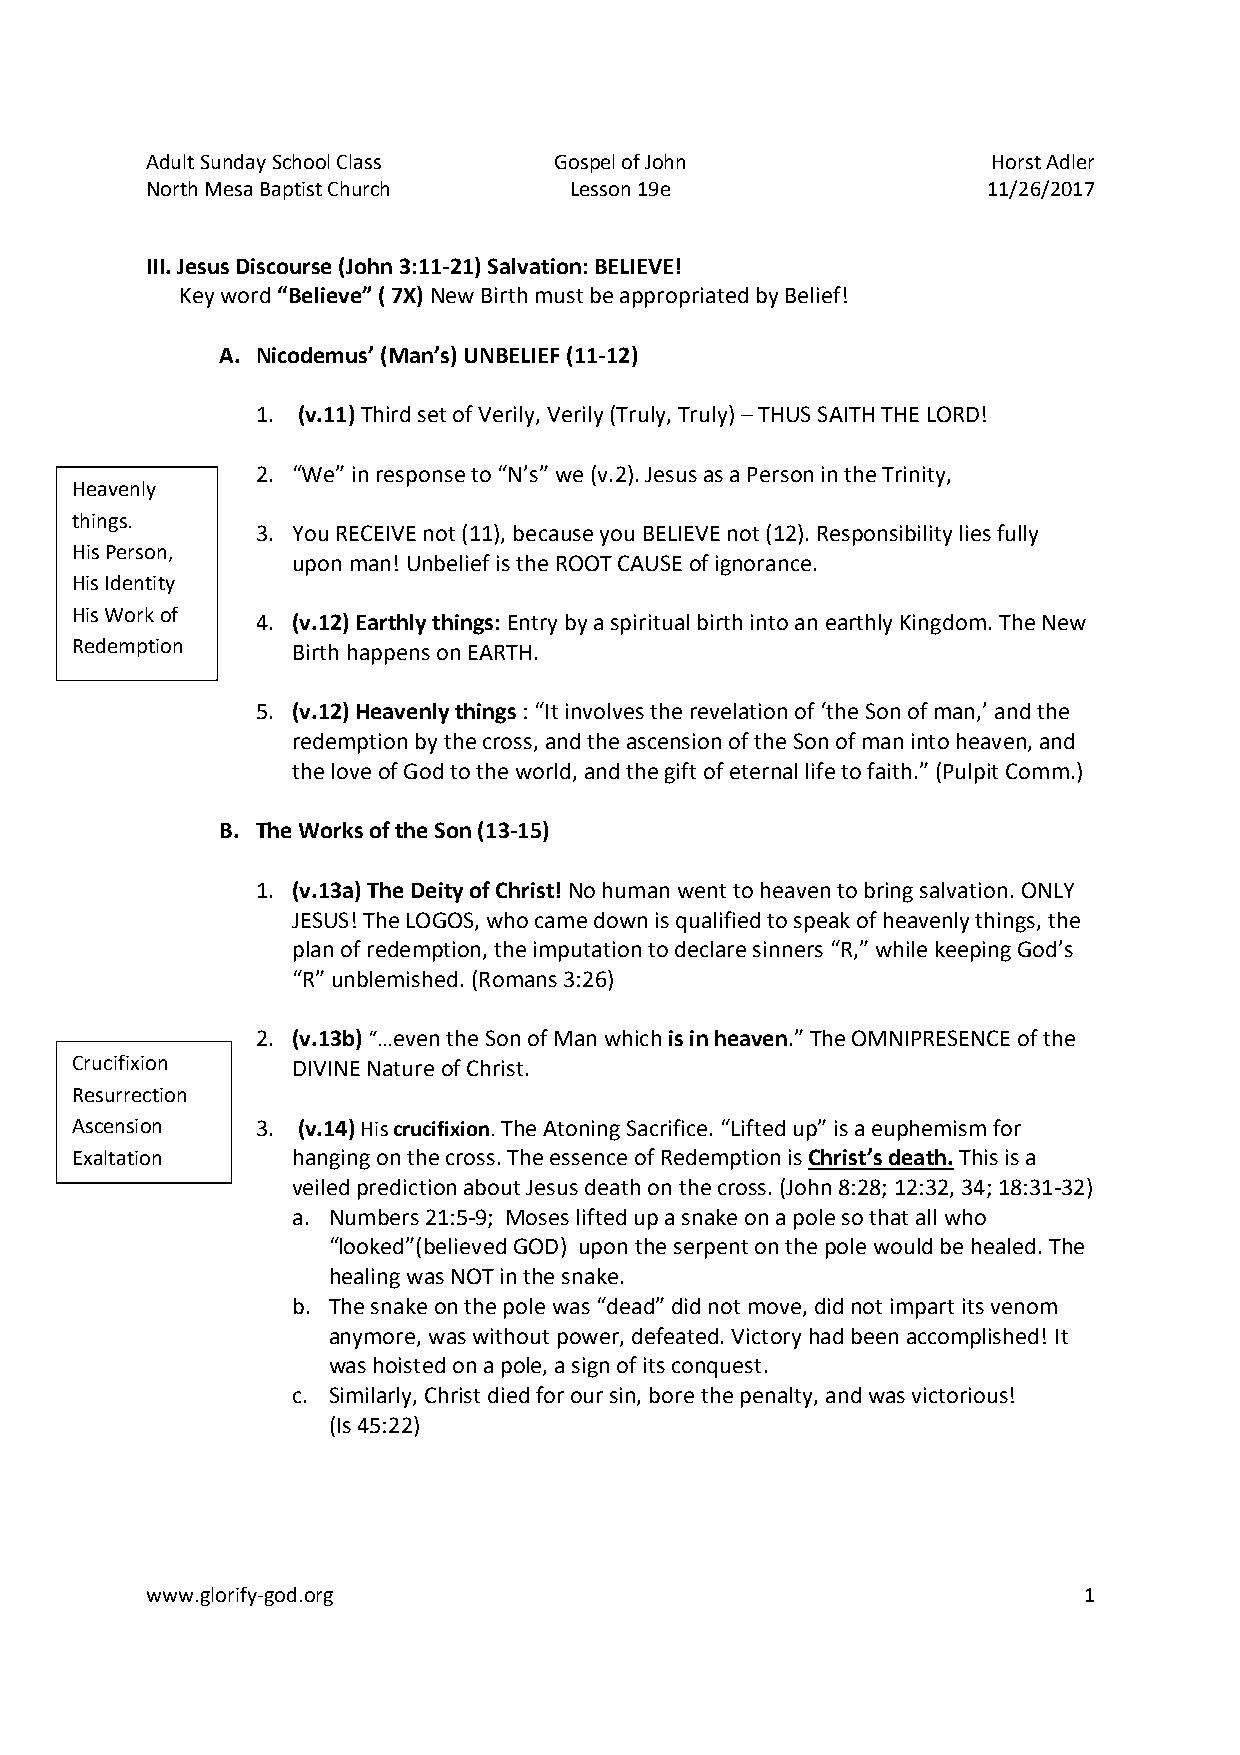
AdultSundaySchoolClass     GospelofJohn                 HorstAdler
 NorthMesaBaptistChurch      Lesson19e                  11/26/2017
 III.JesusDiscourse(John3:11-21)Salvation:BELIEVE!
 Keyword“Believe”(7X)NewBirthmustbeappropriatedbyBelief!
 A. Nicodemus’(Man’s)UNBELIEF(11-12)
 1. (v.11)ThirdsetofVerily,Verily(Truly,Truly)–THUSSAITHTHELORD!
 2. “We”inresponseto“N’s”we(v.2).JesusasaPersonintheTrinity,
 Heavenly
 things.
 3. YouRECEIVEnot(11),becauseyouBELIEVEnot(12).Responsibilityliesfully
 HisPerson,
 uponman!UnbeliefistheROOTCAUSEofignorance.
 HisIdentity
 HisWorkof
 4. (v.12)Earthlythings:EntrybyaspiritualbirthintoanearthlyKingdom.TheNew
 Redemption    BirthhappensonEARTH.
 5. (v.12)Heavenlythings:“Itinvolvestherevelationof‘theSonofman,’andthe
 redemptionbythecross,andtheascensionoftheSonofmanintoheaven,and
 theloveofGodtotheworld,andthegiftofeternallifetofaith.”(PulpitComm.)
 B. TheWorksoftheSon(13-15)
 1. (v.13a)TheDeityofChrist!Nohumanwenttoheaventobringsalvation.ONLY
 JESUS!TheLOGOS,whocamedownisqualifiedtospeakofheavenlythings,the
 planofredemption,theimputationtodeclaresinners“R,”whilekeepingGod’s
 “R”unblemished.(Romans3:26)
 2. (v.13b)“…eventheSonofManwhichisinheaven.”TheOMNIPRESENCEofthe
 Crucifixion   DIVINENatureofChrist.
 Resurrection
 Ascension   3. (v.14)Hiscrucifixion.TheAtoningSacrifice.“Liftedup”isaeuphemismfor
 Exaltation    hangingonthecross.TheessenceofRedemptionisChrist’sdeath.Thisisa
 veiledpredictionaboutJesusdeathonthecross.(John8:28;12:32,34;18:31-32)
 a. Numbers21:5-9; Mosesliftedupasnakeonapolesothatallwho
 “looked”(believedGOD) upontheserpentonthepolewouldbehealed.The
 healingwasNOTinthesnake.
 b. Thesnakeonthepolewas“dead”didnotmove,didnotimpartitsvenom
 anymore,waswithoutpower,defeated.Victoryhadbeenaccomplished!It
 washoistedonapole,asignofitsconquest.
 c. Similarly,Christdiedforoursin,borethepenalty,andwasvictorious!
 (Is45:22)
 www.glorify-god.org                                           1